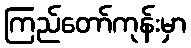
ကြည်တော်ကုန်းမှာ